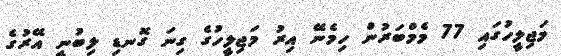
މަޖިލީހުގައި 77 މެމްބަރުން ހިމެނޭ އިރު މަޖިލީހުގެ ގިނަ ގޮނޑި ލިބުނީ އޭރުގެ